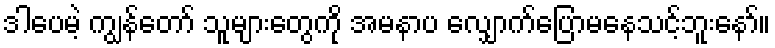
ဒါပေမဲ့ ကျွန်တော် သူများတွေကို အမနာပ လျှောက်ပြောမနေသင့်ဘူးနော်။